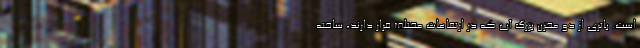
است. باتری از دو مخزن بزرگ آب که در ارتفاعات مختلف قرار دارند، ساخته